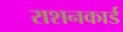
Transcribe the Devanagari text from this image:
राशनकार्ड